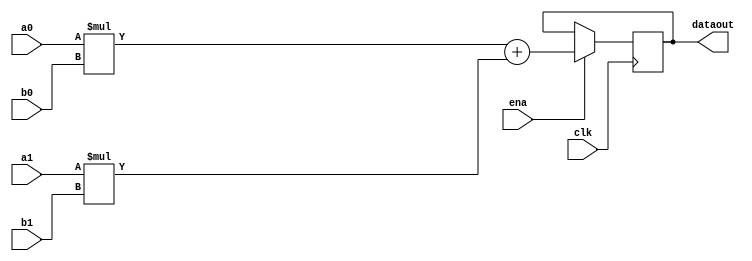
// Quartus II Verilog Template
// Sum of two multipliers with a wide datapath

module sum_of_two_multipliers_wide_datapath
#(parameter WIDTH_A=36, WIDTH_B=18)
(
	input clk, ena,
	input [WIDTH_A-1:0] a0, a1,
	input [WIDTH_B-1:0] b0, b1,
	output reg [WIDTH_A+WIDTH_B:0] dataout
);

	always @ (posedge clk)
	begin
		if (ena == 1)
		begin
			dataout <= a0 * b0 + a1 * b1;
		end
	end
endmodule